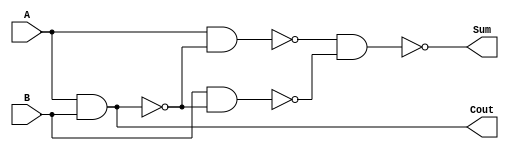
`timescale 1ns / 1ps
module HalfAdd (Cout, Sum, A, B );
	input A, B;
	output Sum , Cout ;
	wire W1, W2, W3;
	nand na0 (W1, A, B ) ;
	nand na1 (W2, A, W1) ;
	nand na2 (W3, B, W1) ;
	nand na3 (Sum , W2, W3) ;
	nand na4 ( Cout , W1, W1) ;
endmodule